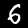
Label: 6